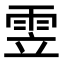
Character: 雴